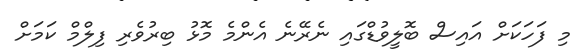
މި ފަހަކަށް އައިސް ބޮޮލީވުޑްގައި ނެރޭނެ އެންމެ މޮޅު ބިރުވެރި ފިލްމް ކަމަށް